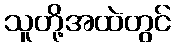
သူတို့အထဲတွင်